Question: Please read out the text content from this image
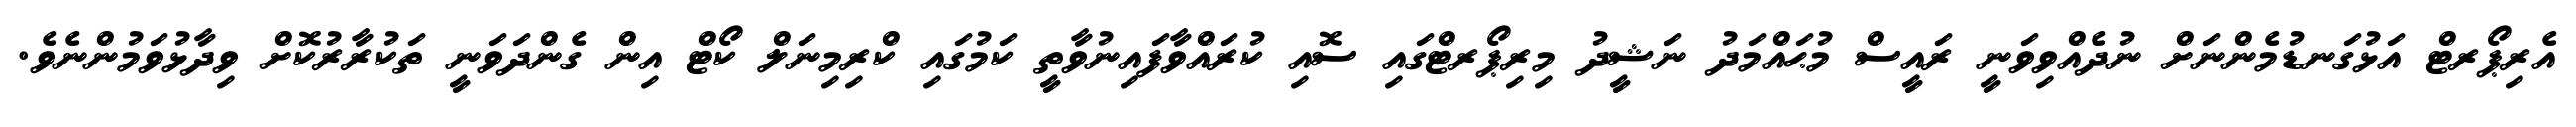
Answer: އެރިޕޯރޓް އަޅުގަނޑުމެންނަށް ނުދެއްވިވަނީ ރައީސް މުޙައްމަދު ނަޝީދު މިރިޕޯރޓްގައި ސޮއި ކުރައްވާފައިނުވާތީ ކަމުގައި ކްރިމިނަލް ކޯޓް އިން ގެންދަވަނީ ތަކުރާރުކޮށް ވިދާޅުވަމުންނެވެ.